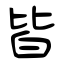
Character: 皆